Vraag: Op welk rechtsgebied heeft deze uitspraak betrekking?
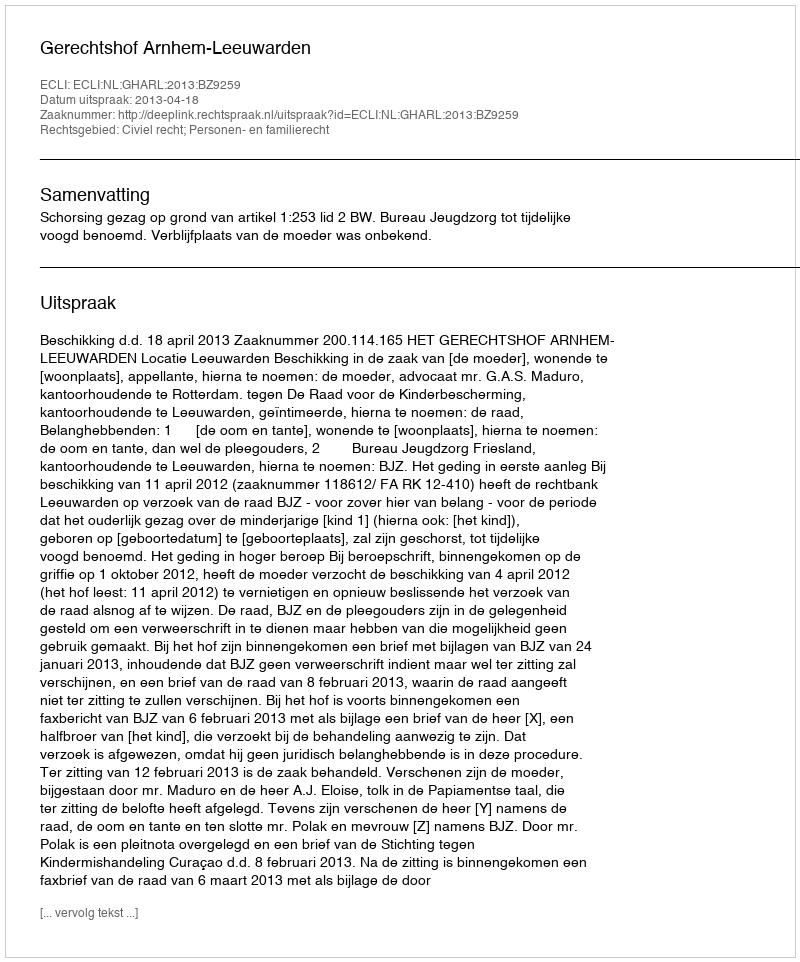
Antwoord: Civiel recht; Personen- en familierecht